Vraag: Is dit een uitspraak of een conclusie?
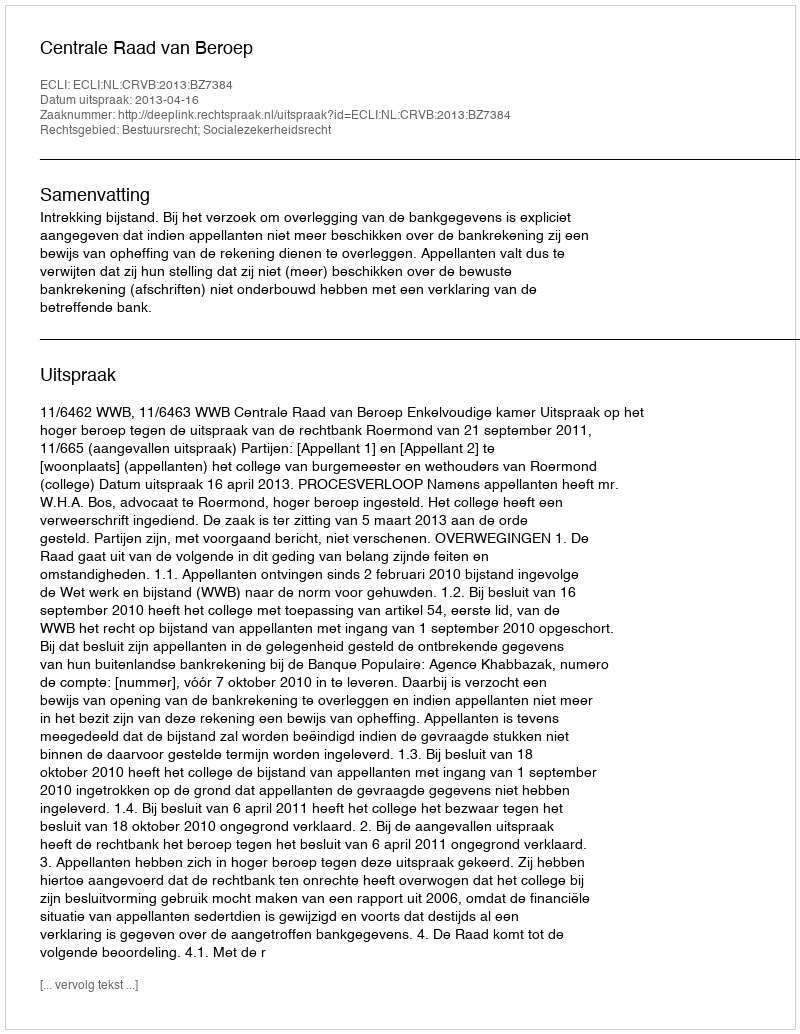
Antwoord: Uitspraak